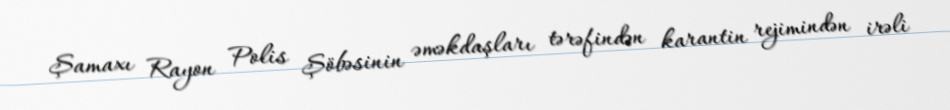
Şamaxı Rayon Polis Şöbəsinin əməkdaşları tərəfindən karantin rejimindən irəli